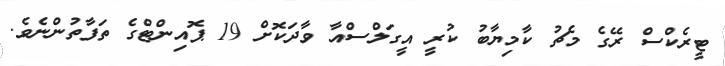
ޓީރެކްސް ރޭގެ މެޗު ކާމިޔާބު ކުރީ އީގަލްސްއާ ވާދަކޮށް 19 ޕޮއިންޓްގެ ތަފާތުންނެވެ.